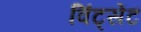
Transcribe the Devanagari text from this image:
विंट्सेंट